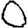
Digit: 0